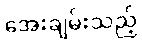
အေးချမ်းသည့်